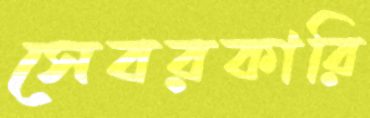
সেবরকারি